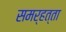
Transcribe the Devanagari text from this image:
समर्हत्ता